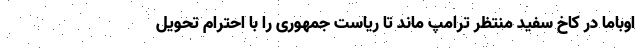
اوباما در کاخ سفید منتظر ترامپ ماند تا ریاست جمهوری را با احترام تحویل